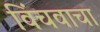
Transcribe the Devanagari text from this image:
विंचवाचा